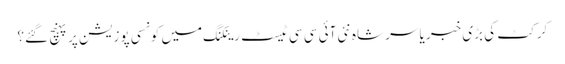
کرکٹ کی بڑی خبر یاسر شاہ نئی آئی سی سی ٹیسٹ رینکنگ میں کونسی پوزیشن پر پہنچ گئے؟